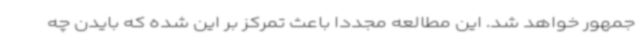
جمهور خواهد شد. این مطالعه مجددا باعث تمرکز بر این شده که بایدن چه